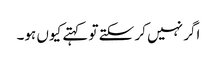
اگر نہیں کر سکتے تو کہتے کیوں ہو۔